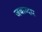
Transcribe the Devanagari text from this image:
जबाब्दार